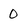
Character: 0